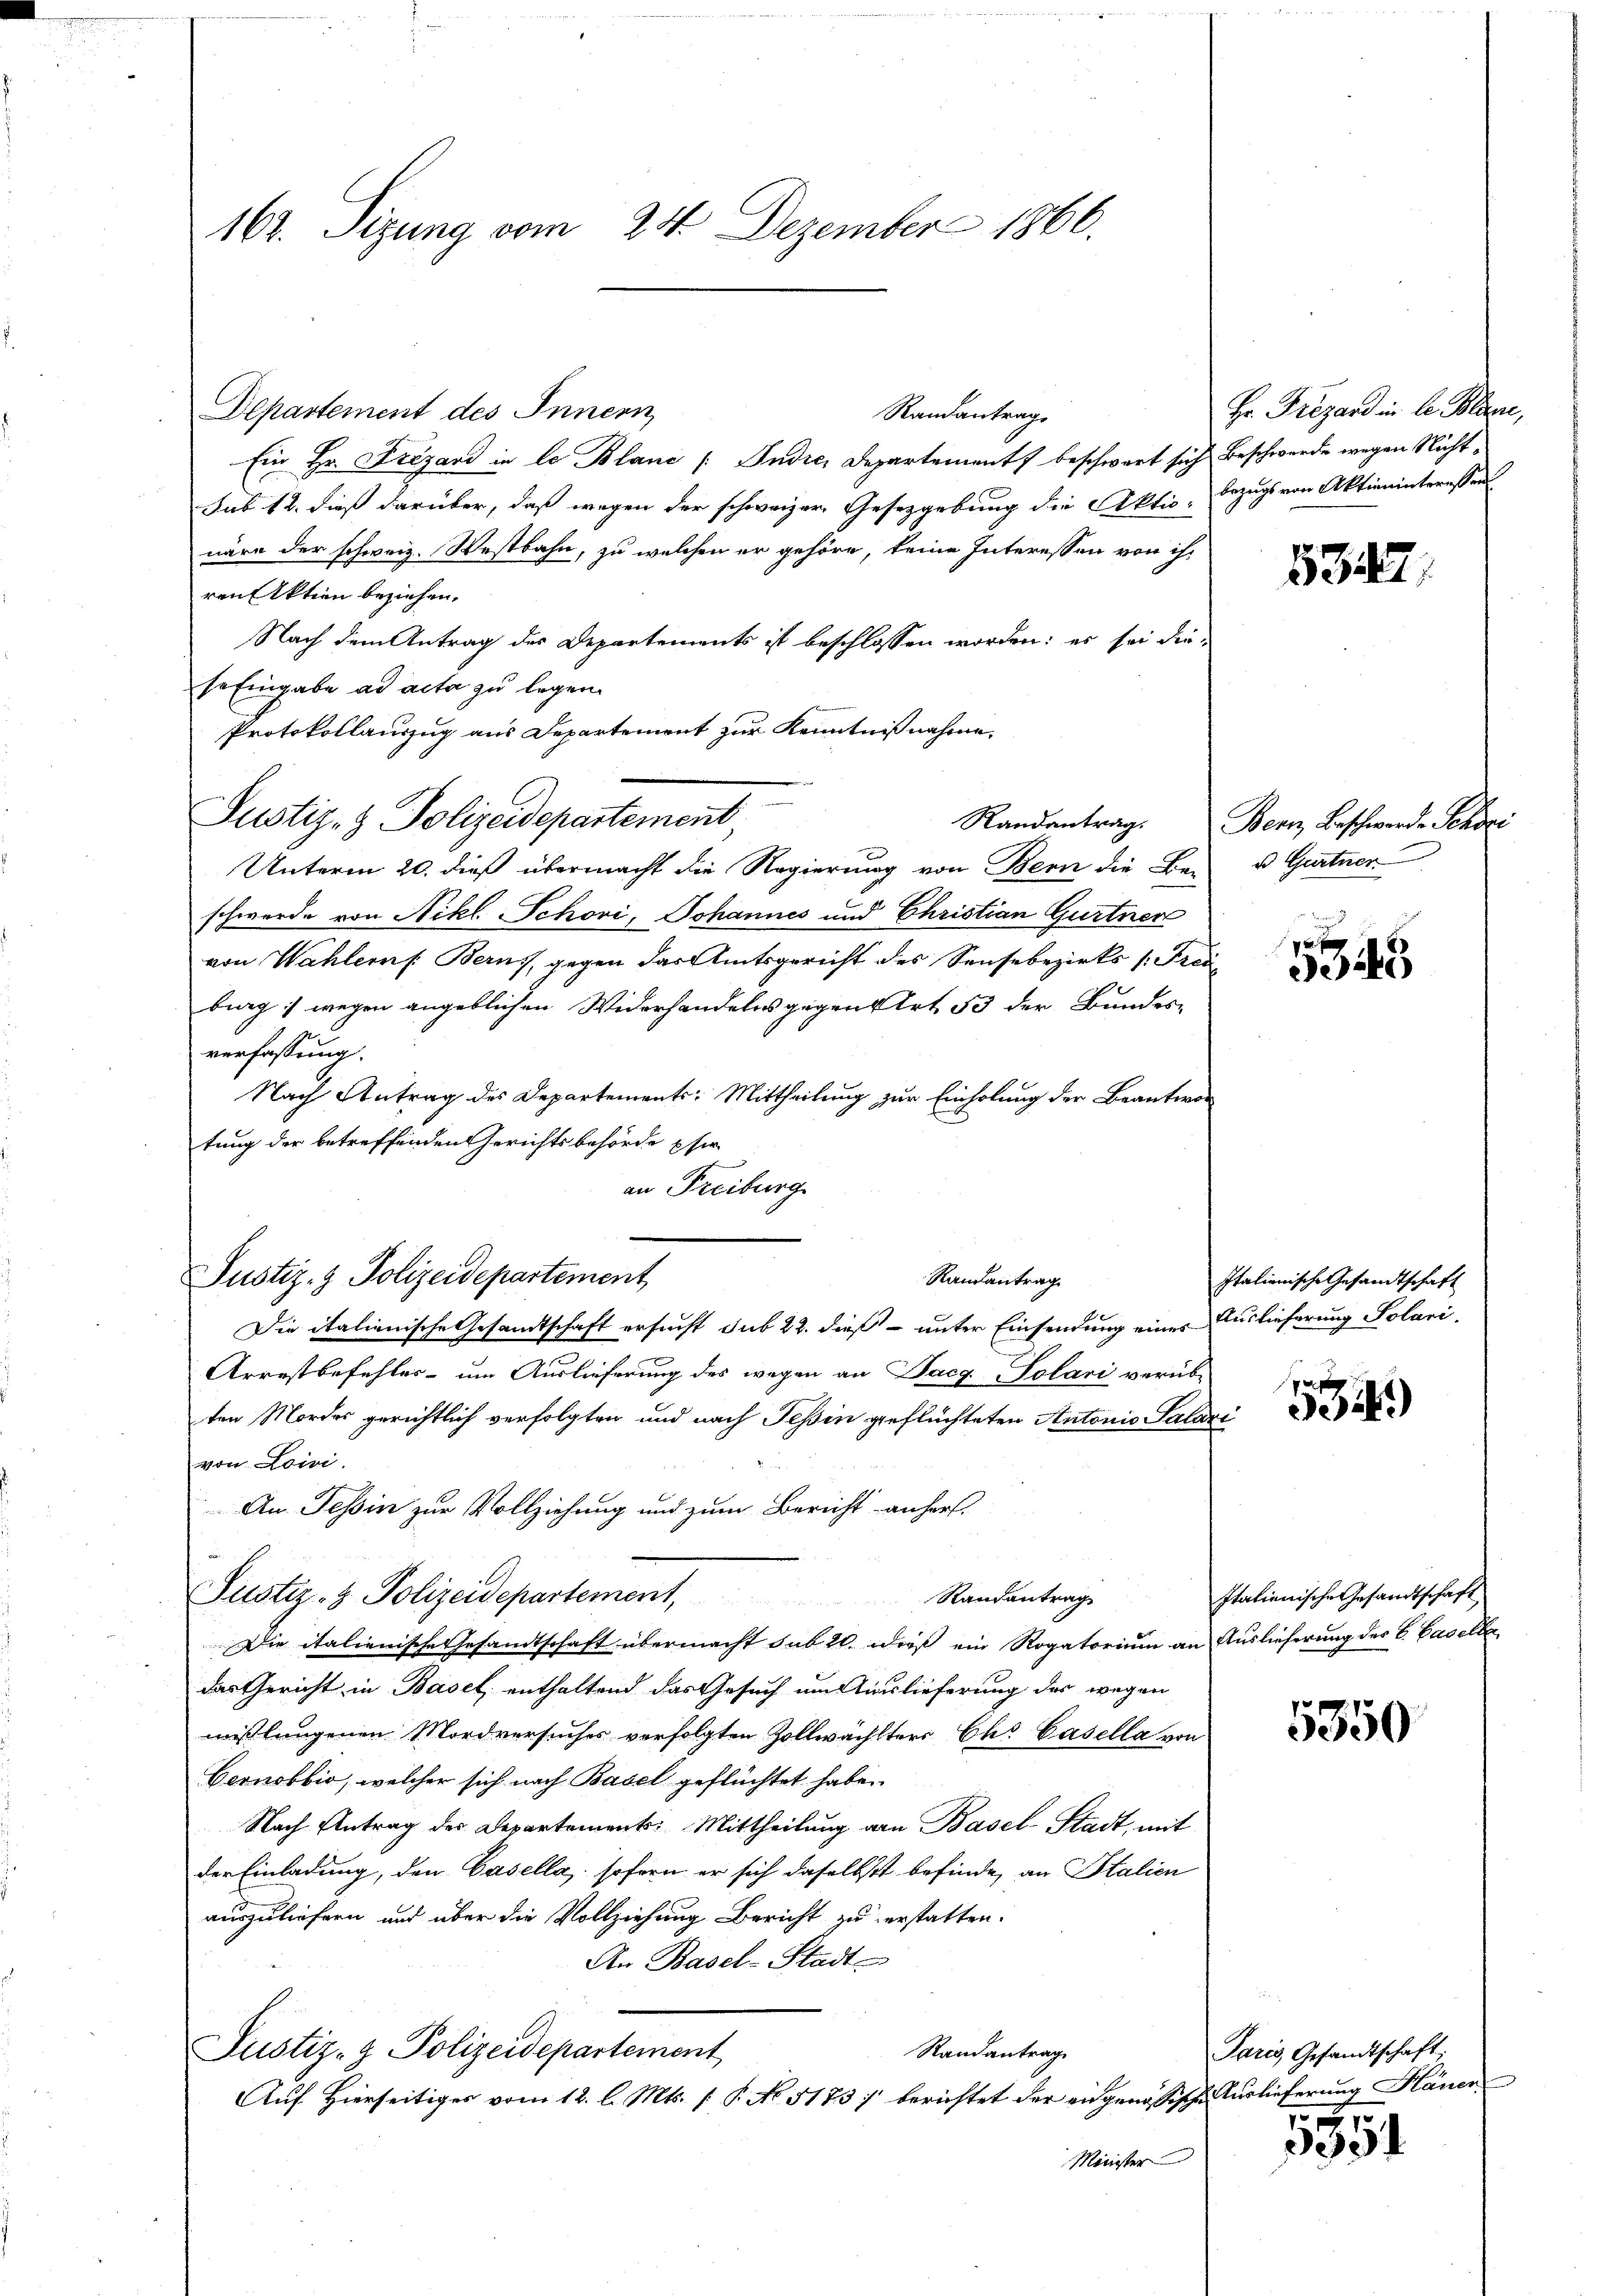
162. Sizung vom 24. Dezember 1866.

Departement des Innern
Randantrag
Ein Hr. Frezand in le Blanc /: Andre, Departement beschwart sich Beschwerde wegen Nichtsub 12. dieß darüber, daß wegen der schweizer Gesetzgebung die Aktio- Bezugs von Aktieninteressen
näre der schweiz. Westbahn, zu welchen er gehöre, keine Interessen von ihren Aktien beziehen.
Nach dem Antrag des Departements ist beschlossen worden: es sei die
se Eingabe ad acta zu legen
Protokollauszug aus Departement zur Kenntnißnahme.
Justiz- & Polizeidepartement
Unterm 20. dieß übermacht die Regierung von Bern die Be-
schwerde von Nikl. Schovi, Johannes und Christian Gurtner
von Wahlers. Berns, gegen das Amtsgericht des Sensebezirks (Freiburg) wegen angeblichen Widerhandelns gegen Art 53 der Bundes-
verfassung.
Nach Antrag des Departements: Mittheilung zur Einholung der Beantwor
tung der betreffenden Gerichtsbehörde pfer
an Freiburg
Die italienische Gesandtschaft ersucht sub 22. dieß – unter Einsendung einer Auslieferung Solari¬
Arrestbefehles um Auslieferung des wegen an Pacg. Solari verübten Mordes gerichtlich verfolgten und nach Teßin geflüchteten Antonio Salari
von Loivi.
An Tessin zur Vollziehung und zum Bericht anher
Justiz- & Polizeidepartement,
Randantrag
Die italienische Gesandtschaft übermacht sub 20. dieß ein Rogatorium an Auslieferung des C. Baselbe
das Gericht in Basel, enthaltend das Gesuch um Auslieferung des wegen
wißlungenen Mordversuches verfolgten Zollwachters Chs Gasella von
Gernobbio, welcher sich nach Basel geflüchtet habe.
Nach Antrag des Departements: Mittheilung von Basel-Stadt, mit
der Einladung, den Casella, sofern er sich daselbst befinde, an Italien
auszuliefern und über die Vollziehung Bericht zu erstatten.
An Basel-Stadte
Randantrag
Justiz- & Polizeidepartement
Auf Hierseitiges vom 12. l. Mts. [P No. 5173) berichtet der eingenössische Vorlieferung Hänen
Minister

Justiz- & Polizeidepartement
Randantrag

Hr. Trägard in le Pläne,

5347

Randantrag. Bern Beschwerde Schrei
d Gartner

324

Italienische Gesandtschaft

p
3)

Italienische Gesandtschaft

5350

Paris, Gesandtschaft;

5351